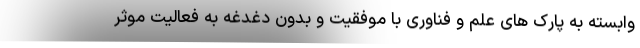
وابسته به پارک های علم و فناوری با موفقیت و بدون دغدغه به فعالیت موثر